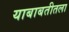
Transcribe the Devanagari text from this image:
याबाबतीतला